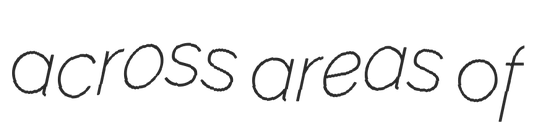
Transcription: across areas of